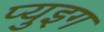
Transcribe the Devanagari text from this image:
प्युइग